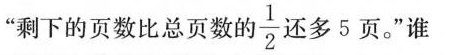
”剩下的页数比总页数的 $$ \frac { 1 }{ 2 }$$ 还多5页。”谁